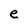
Character: e